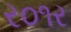
ર૦૧ર